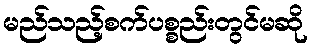
မည်သည့်စက်ပစ္စည်းတွင်မဆို